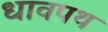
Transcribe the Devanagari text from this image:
धावपथ